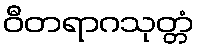
ဝီတရာဂသုတ္တံ